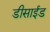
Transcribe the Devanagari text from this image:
डीसाईड